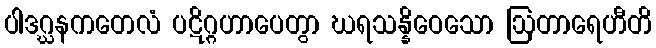
ပါဒဂ္ဃနကတေလံ ပဋိဂ္ဂဟာပေတွာ ဃရသန္နိဝေသော ဩတာရေဟီတိ